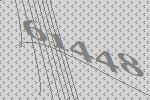
61448